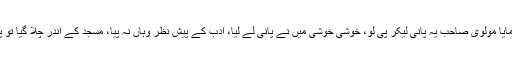
دو بار ایسا ہوا، تیسری بار میری طرف پانی کا پیالا بڑھاکر فرمایا مولوی صاحب یہ پانی لیکر پی لو، خوشی خوشی میں نے پانی لے لیا، ادب کے پیش نظر وہاں نہ پیا، مسجد کے اندر چلا گیا تو پیچھے حضرت سوہنا سائیں قدس سرہ و دیگر معززین بھی آئے۔